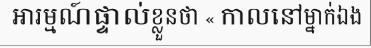
អារម្មណ៍ផ្ទាល់ខ្លួនថា « កាលនៅម្នាក់ឯង